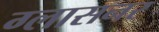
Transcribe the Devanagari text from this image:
ग्लासनर